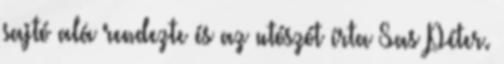
sajtó alá rendezte és az utószót írta Sas Péter.